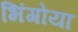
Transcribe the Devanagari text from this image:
भिंगोया